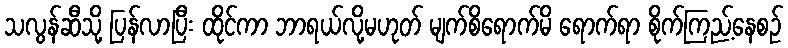
သလွန်ဆီသို့ ပြန်လာပြီး ထိုင်ကာ ဘာရယ်လို့မဟုတ် မျက်စိရောက်မိ ရောက်ရာ စိုက်ကြည့်နေစဉ်